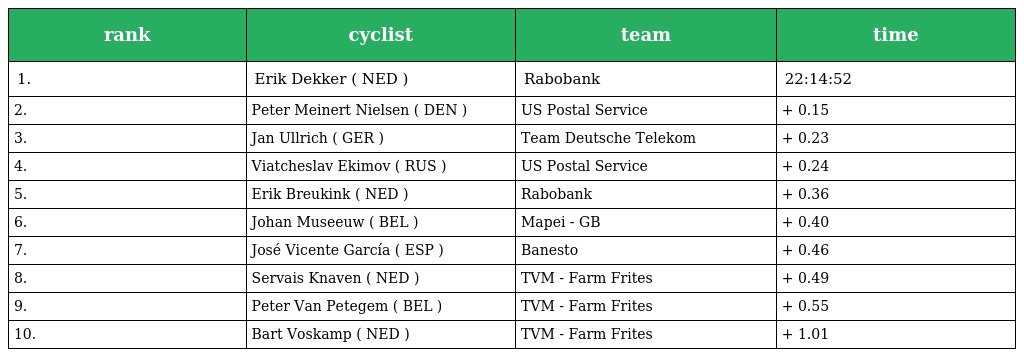
| rank | cyclist | team | time |
 | --- | --- | --- | --- |
 | 1. | Erik Dekker ( NED ) | Rabobank | 22:14:52 |
 | 2. | Peter Meinert Nielsen ( DEN ) | US Postal Service | + 0.15 |
 | 3. | Jan Ullrich ( GER ) | Team Deutsche Telekom | + 0.23 |
 | 4. | Viatcheslav Ekimov ( RUS ) | US Postal Service | + 0.24 |
 | 5. | Erik Breukink ( NED ) | Rabobank | + 0.36 |
 | 6. | Johan Museeuw ( BEL ) | Mapei - GB | + 0.40 |
 | 7. | José Vicente García ( ESP ) | Banesto | + 0.46 |
 | 8. | Servais Knaven ( NED ) | TVM - Farm Frites | + 0.49 |
 | 9. | Peter Van Petegem ( BEL ) | TVM - Farm Frites | + 0.55 |
 | 10. | Bart Voskamp ( NED ) | TVM - Farm Frites | + 1.01 |